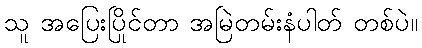
သူ အပြေးပြိုင်တာ အမြဲတမ်းနံပါတ် တစ်ပဲ။